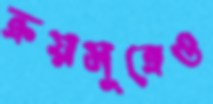
ক্রয়সূত্রেও